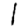
Digit: 1